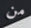
من